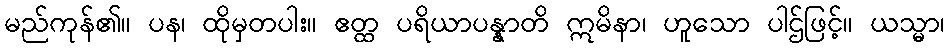
မည်ကုန်၏။ ပန၊ ထိုမှတပါး။ ဧတ္ထ ပရိယာပန္နာတိ ဣမိနာ၊ ဟူသော ပါဌ်ဖြင့်။ ယသ္မာ၊